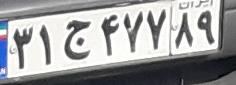
۳۱ج۴۷۷۸۹